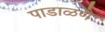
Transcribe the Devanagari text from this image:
पाडाळणे